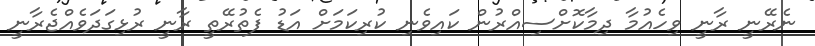
ނެރޭނީ ރާނީ ވިހެއުމާ ދިމާކޮށްސިއްރުން ކައިވެނި ކުރިކަމަށް އަޑު ފެތުރޭތީ ރާނީ ރުޅިގަދަވެއްޖެރާނީ